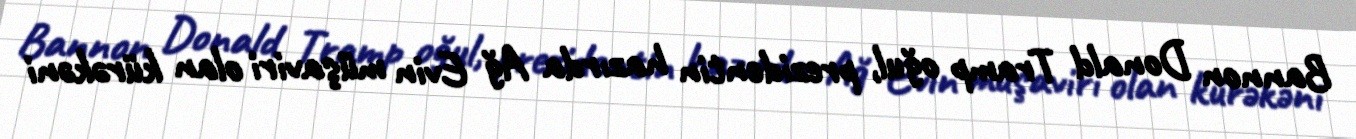
Bannon Donald Tramp oğul, prezidentin hazırda Ağ Evin müşaviri olan kürəkəni